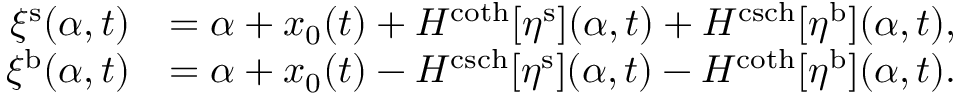
\begin{array} { r l } { \xi ^ { \mathrm { s } } ( \alpha , t ) } & { = \alpha + x _ { 0 } ( t ) + H ^ { \coth } [ \eta ^ { \mathrm { s } } ] ( \alpha , t ) + H ^ { \operatorname { c s c h } } [ \eta ^ { \mathrm { b } } ] ( \alpha , t ) , } \\ { \xi ^ { \mathrm { b } } ( \alpha , t ) } & { = \alpha + x _ { 0 } ( t ) - H ^ { \operatorname { c s c h } } [ \eta ^ { \mathrm { s } } ] ( \alpha , t ) - H ^ { \coth } [ \eta ^ { \mathrm { b } } ] ( \alpha , t ) . } \end{array}